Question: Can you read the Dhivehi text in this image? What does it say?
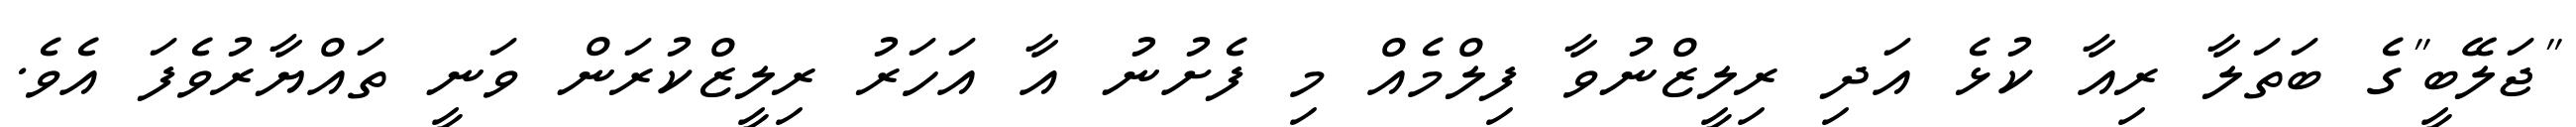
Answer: "ޖަލޭބީ"ގެ ބަތަލާ ރިއާ ކުޅެ އަދި ރިލީޒްނުވާ ފިލްމެއް މި ފެށުނު އާ އަހަރު ރިލީޒްކުރަން ވަނީ ތައްޔާރުވެފަ އެވެ.